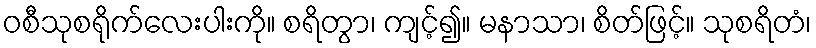
ဝစီသုစရိုက်လေးပါးကို။ စရိတွာ၊ ကျင့်၍။ မနာသာ၊ စိတ်ဖြင့်။ သုစရိတံ၊